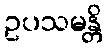
ဥပသမန္တိ